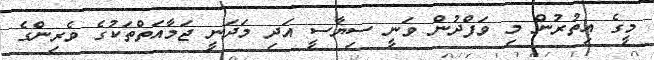
މީގެ އިތުރުން މި ވަފްދުން ވަނީ ސިޔާސީ އަދި މަދަނީ ޖަމާއަތްތަކުގެ ވެރިންގެ